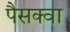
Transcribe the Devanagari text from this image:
पैसक्वा